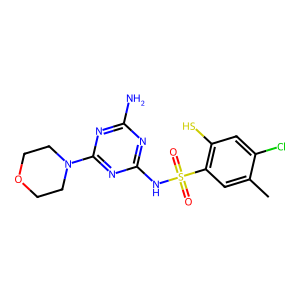
SMILES: Cc1cc(S(=O)(=O)Nc2nc(N)nc(N3CCOCC3)n2)c(S)cc1Cl
Inhibits HIV replication: Yes